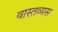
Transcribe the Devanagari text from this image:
वास्तव्यस